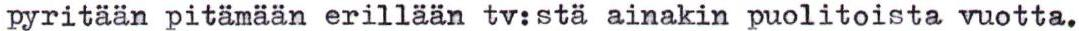
pyritään pitämään erillään tv:stä ainakin puolitoista vuotta.